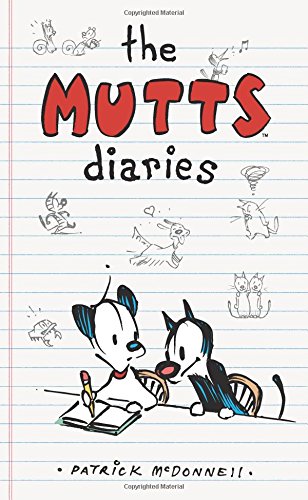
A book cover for The Mutts Diaries (Amp! Comics for Kids); Patrick McDonnell; Children's Books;